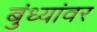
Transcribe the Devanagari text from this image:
बुंध्यांवर